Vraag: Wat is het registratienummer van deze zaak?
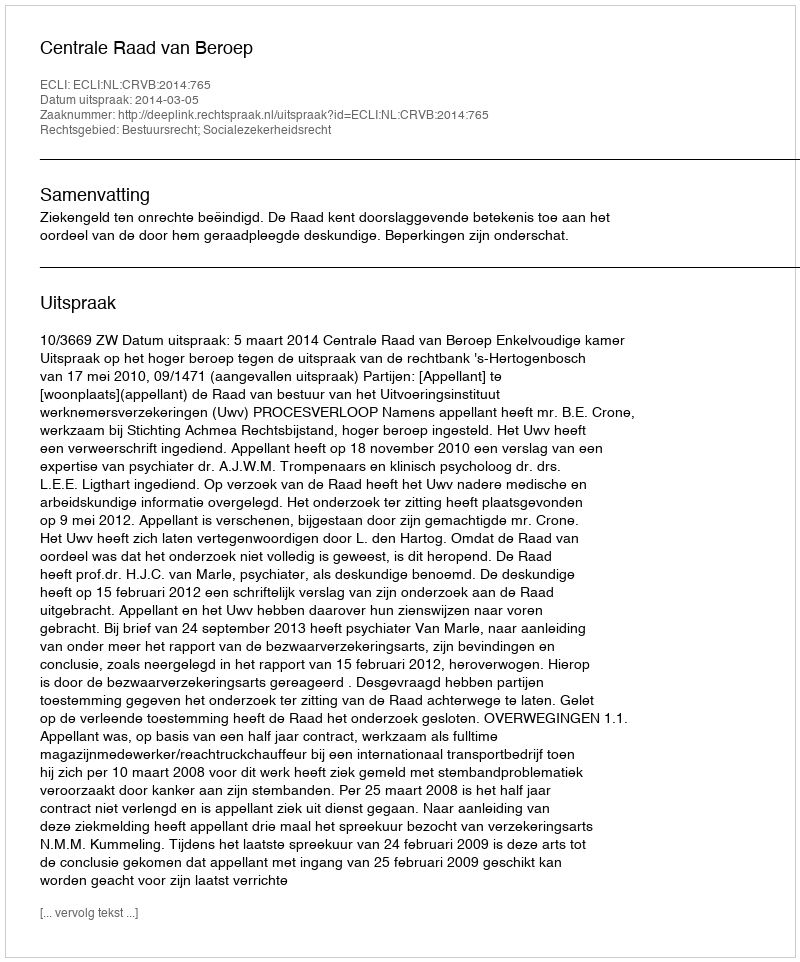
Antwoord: http://deeplink.rechtspraak.nl/uitspraak?id=ECLI:NL:CRVB:2014:765